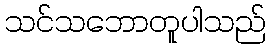
သင်သဘောတူပါသည်